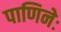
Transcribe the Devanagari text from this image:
पाणिनेः